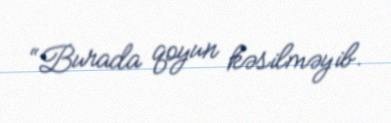
“Burada qoyun kəsilməyib.